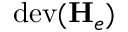
\mathrm { d e v } ( \mathbf { H } _ { e } )